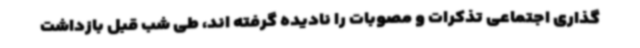
گذاری اجتماعی تذکرات و مصوبات را نادیده گرفته اند، طی شب قبل بازداشت